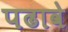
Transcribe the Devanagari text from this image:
पढावे